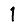
Digit: 1